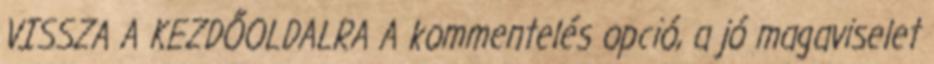
VISSZA A KEZDŐOLDALRA A kommentelés opció, a jó magaviselet